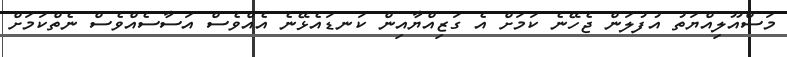
މަސްއޫލިއްޔަތު އުފުލަން ޖެހޭނެ ކަމަށް އެ ގަޒިއްޔާއިން ކަނޑައެޅޭނެ އެއްވެސް އަސާސެއްވެސް ނެތްކަމަށް